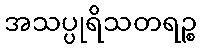
အသပ္ပုရိသတရဉ္စ